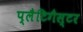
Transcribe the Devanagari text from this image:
प्लैटिगैस्टर